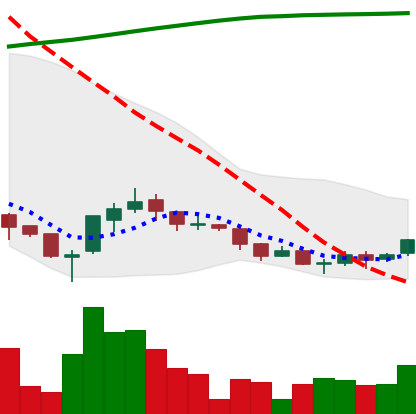
Ticker: ADA-USD
Chart end date: 2018-04-03
Forward return: -9.19%
Label: down_7plus